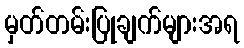
မှတ်တမ်းပြုချက်များအရ